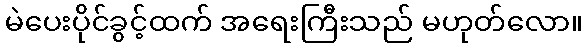
မဲပေးပိုင်ခွင့်ထက် အရေးကြီးသည် မဟုတ်လော။